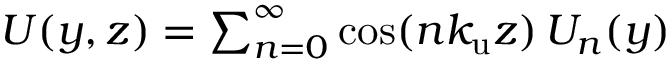
\begin{array} { r } { U ( y , z ) = \sum _ { n = 0 } ^ { \infty } \cos ( n { k _ { \mathrm { u } } } z ) \, U _ { n } ( y ) } \end{array}